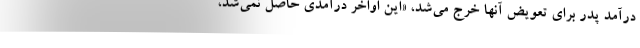
درآمد پدر براي تعويض آنها خرج مي‌شد، «اين اواخر درآمدي حاصل نمي‌شد،